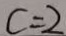
c = 2